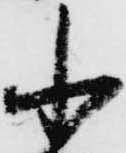
小